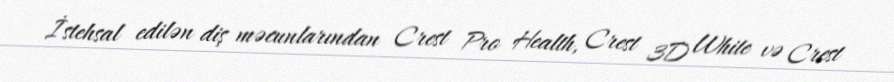
İstehsal edilən diş məcunlarından Crest Pro Health, Crest 3D White və Crest